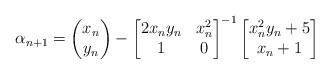
LaTeX: \begin{align*} \alpha_{n+1} = \left(\begin{matrix} x_n\\y_n \end{matrix}\right) - \begin{bmatrix} 2x_ny_n & x_n^2\\ 1& 0 \end{bmatrix}^{-1}\begin{bmatrix} x_n^2y_n + 5\\ x_n + 1 \end{bmatrix} \end{align*}